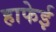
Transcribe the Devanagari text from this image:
हाफेई